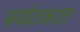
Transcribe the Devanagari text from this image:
पर्यटकात